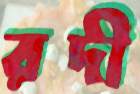
রদী